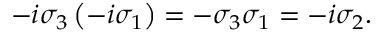
\begin{array} { r } { - i \sigma _ { 3 } \left( - i \sigma _ { 1 } \right) = - \sigma _ { 3 } \sigma _ { 1 } = - i \sigma _ { 2 } . } \end{array}